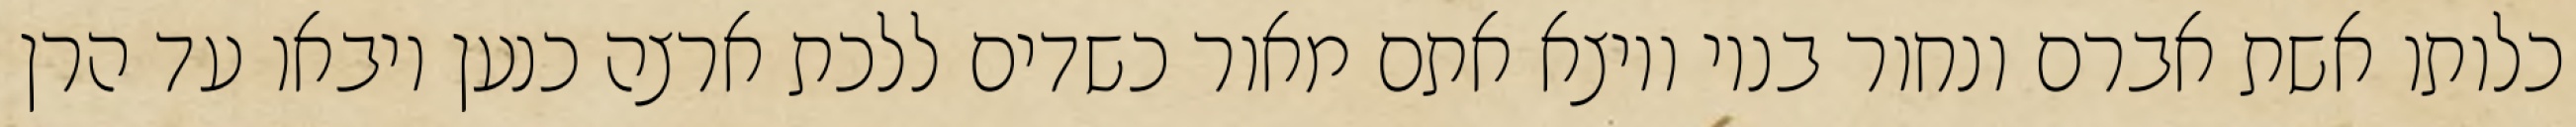
כלותו אשת אברם ונחור בניו ויוצא אתם מאור כשדים ללכת ארצה כנען ויבאו עד הרן